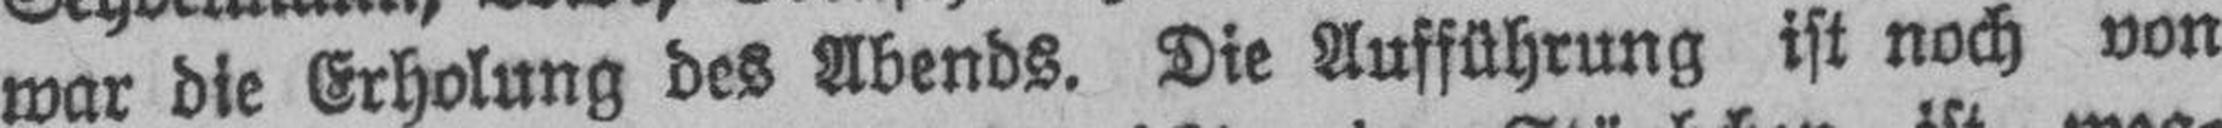
war die Erholung des Abends. Die Aufführung ist noch von